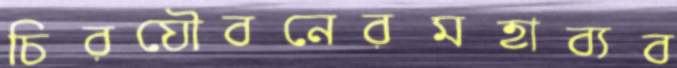
চিরযৌবনেরমহাব্যব